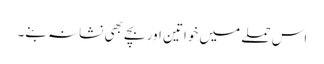
اس حملے میں خواتین اور بچے بھی نشانہ بنے۔